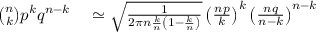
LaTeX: \begin{array} { r l } { { \binom { n } { k } } p ^ { k } q ^ { n - k } } & { { } \simeq { \sqrt { \frac { 1 } { 2 \pi n { \frac { k } { n } } \left( 1 - { \frac { k } { n } } \right) } } } \left( { \frac { n p } { k } } \right) ^ { k } \left( { \frac { n q } { n - k } } \right) ^ { n - k } } \end{array}